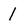
Character: 1